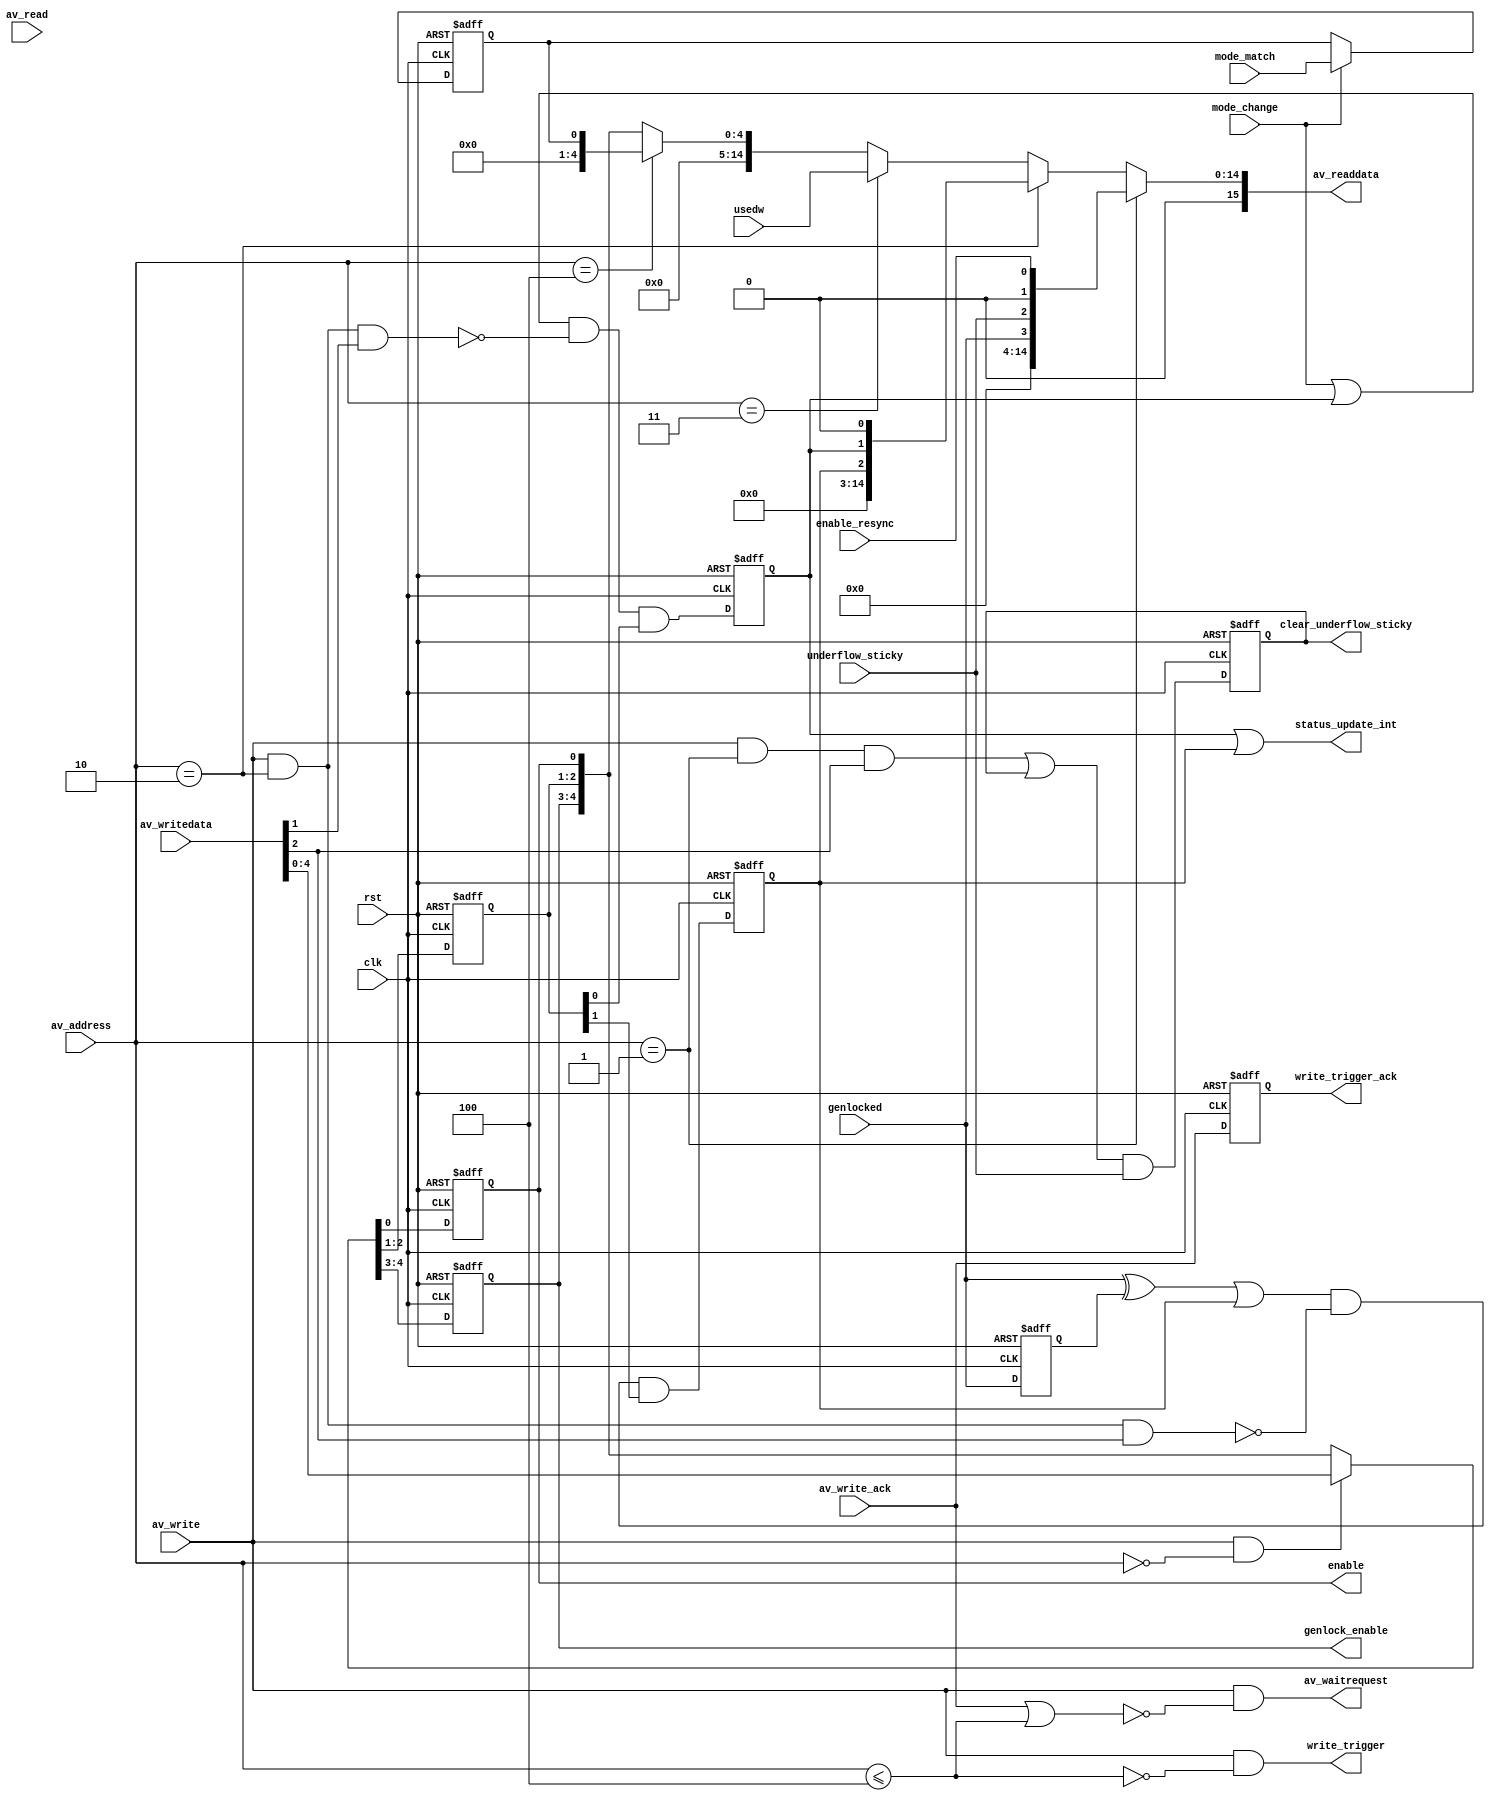
module alt_vipitc130_IS2Vid_control
    #(parameter
        USE_CONTROL = 1,
        NO_OF_MODES_INT = 1,
        USED_WORDS_WIDTH = 15)
    (
    input   wire rst,
    input   wire clk,
    
    // From mode registers
    input   wire av_write_ack,
    input   wire mode_change,
    input   wire [NO_OF_MODES_INT-1:0] mode_match,
    
    // From FIFO
    input   wire [USED_WORDS_WIDTH-1:0] usedw,
    input   wire underflow_sticky,
    input   wire enable_resync, // from the outgoing state machine
    input   wire genlocked,
    
    // IS2Vid control signals
    output  wire enable,
    output  wire clear_underflow_sticky,
    output  wire write_trigger,
    output  wire write_trigger_ack,
    output  wire [1:0] genlock_enable,
    
    // Aavalon-MM slave port
    input   wire [7:0] av_address,
    input   wire av_read,
    output  wire [15:0] av_readdata,
    input   wire av_write,
    input   wire [15:0] av_writedata,
    output  wire av_waitrequest,
    
    output  wire status_update_int);

// The control interface has one register bit 0 of which (when set to a 1) 
// enables the ImageStream output.
generate
    if(USE_CONTROL) begin
        reg enable_reg;
        reg write_trigger_ack_reg;
        
        wire is_side_registers;
        reg [1:0] interrupt_enable;
        reg status_update_int_reg;
        reg genlocked_reg;
        reg genlocked_int_reg;
        reg [1:0] genlock_enable_reg;
        
        wire [15:0] usedw_output;
        wire [15:0] is_mode_match_output;
        
        reg [NO_OF_MODES_INT-1:0] is_mode_match;
        wire clear_interrupts;
        
        reg clear_underflow_sticky_reg;
        
        wire mode_write;
        
        if(USED_WORDS_WIDTH >= 16)
            assign usedw_output = usedw[15:0];
        else
            assign usedw_output = {{16-USED_WORDS_WIDTH{1'b0}}, usedw};
        
        if(NO_OF_MODES_INT >= 16) begin
            assign is_mode_match_output = is_mode_match[15:0];
        end else begin
            assign is_mode_match_output = {{16-NO_OF_MODES_INT{1'b0}}, is_mode_match};
        end
        
        assign enable = enable_reg;
        assign av_readdata = (av_address == 8'd1) ? {{12{1'b0}}, genlocked,
                                                                 underflow_sticky,
                                                                 1'b0,
                                                                 enable_resync} :
                             (av_address == 8'd2) ? {{13{1'b0}}, genlocked_int_reg,
                                                                 status_update_int_reg,
                                                                 1'b0} :
                             (av_address == 8'd3) ? usedw_output :
                             (av_address == 8'd4) ? is_mode_match_output :
                             {{11{1'b0}}, genlock_enable, interrupt_enable, enable_reg};
        assign av_waitrequest = av_write & ~(av_write_ack | is_side_registers);
        assign is_side_registers = av_address <= 8'd4;
        assign write_trigger = av_write & ~is_side_registers;
        assign write_trigger_ack = write_trigger_ack_reg;
        assign status_update_int = status_update_int_reg | genlocked_int_reg;
        assign clear_interrupts = av_write && av_address == 8'd2;
        assign clear_underflow_sticky = clear_underflow_sticky_reg;
        assign genlock_enable = genlock_enable_reg;
        
        always @ (posedge rst or posedge clk) begin
            if (rst) begin
                genlock_enable_reg <= 2'b0;
                interrupt_enable <= 2'b0;
                enable_reg <= 1'b0;
                status_update_int_reg <= 1'b0;
                genlocked_int_reg <= 1'b0;
                
                is_mode_match <= {NO_OF_MODES_INT{1'b0}};
                genlocked_reg <= 1'b0;
                clear_underflow_sticky_reg <= 1'b0;
                write_trigger_ack_reg <= 1'b0;
            end else begin
                {genlock_enable_reg, interrupt_enable, enable_reg} <= (av_write && av_address == 8'd0) ? av_writedata[4:0] : {genlock_enable_reg, interrupt_enable, enable_reg};
                status_update_int_reg <= (mode_change | status_update_int_reg) & ~(clear_interrupts & av_writedata[1]) & interrupt_enable[0];
                genlocked_int_reg <= ((genlocked ^ genlocked_reg) | genlocked_int_reg) & ~(clear_interrupts & av_writedata[2]) & interrupt_enable[1];
                
                is_mode_match <= (mode_change) ? mode_match : is_mode_match;
                genlocked_reg <= genlocked;
                clear_underflow_sticky_reg <= ((av_write && av_address == 8'd1 && av_writedata[2]) | clear_underflow_sticky_reg) & underflow_sticky;
                write_trigger_ack_reg <= av_write_ack;
            end
        end
    end else begin
        assign enable = 1'b1;
        assign status_update_int = 1'b0;
        assign clear_underflow_sticky = 1'b0;
        assign write_trigger = 1'b0;
        assign write_trigger_ack = 1'b0;
        assign genlock_enable = 2'b00;
        assign av_readdata = 16'b0;
        assign av_waitrequest = 1'b0;
    end
endgenerate

endmodule